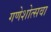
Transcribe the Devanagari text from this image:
गणेशोत्सवा